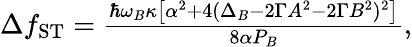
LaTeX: \begin{array}{r}{\Delta f_{\mathrm{ST}}=\frac{\hbar\omega_{B}\kappa\left[\alpha^{2}+4(\Delta_{B}-2\Gamma A^{2}-2\Gamma B^{2})^{2}\right]}{8\alpha P_{B}},}\end{array}